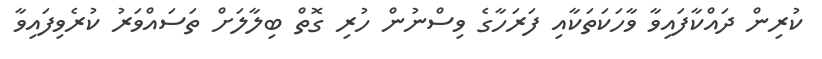
ކުރިން ދައްކާފައިވާ ވާހަކަތަކާއި ފަރަހާގެ ވިސްނުން ހުރި ގޮތް ބިލާލަށް ތަސައްވަރު ކުރެވިފައިވާ